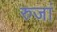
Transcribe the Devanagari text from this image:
रुजां